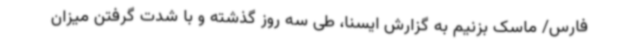
فارس/ ماسک بزنیم به گزارش ایسنا، طی سه روز گذشته و با شدت گرفتن میزان